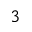
3